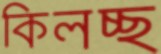
কিলচ্ছ